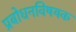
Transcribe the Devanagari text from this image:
प्रबोधनविषयक